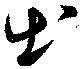
出